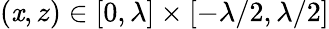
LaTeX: (\mathit{x},z)\in[0,\lambda]\times[-\lambda/2,\lambda/2]